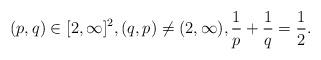
LaTeX: \begin{align*}(p,q)\in [2,\infty]^2, (q,p)\ne (2,\infty), \frac{1}{p}+\frac{1}{q}=\frac{1}{2}. \end{align*}